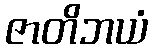
ဇာတိဘယံ